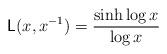
LaTeX: \begin{align*}\mathsf{L}(x,x^{-1})=\frac{\sinh \log x}{\log x}\end{align*}